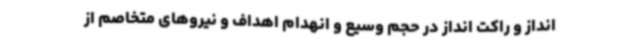
انداز و راکت انداز در حجم وسیع و انهدام اهداف و نیروهای متخاصم از